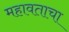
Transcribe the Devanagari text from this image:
महावताचा